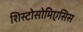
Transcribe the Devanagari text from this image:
शिस्टोसोमिएसिस